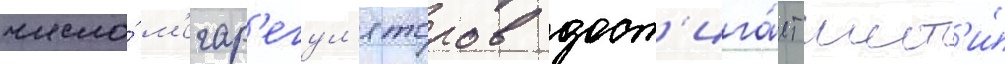
число́ м'егар'егул'яторов дост'ига́ет шест'и́